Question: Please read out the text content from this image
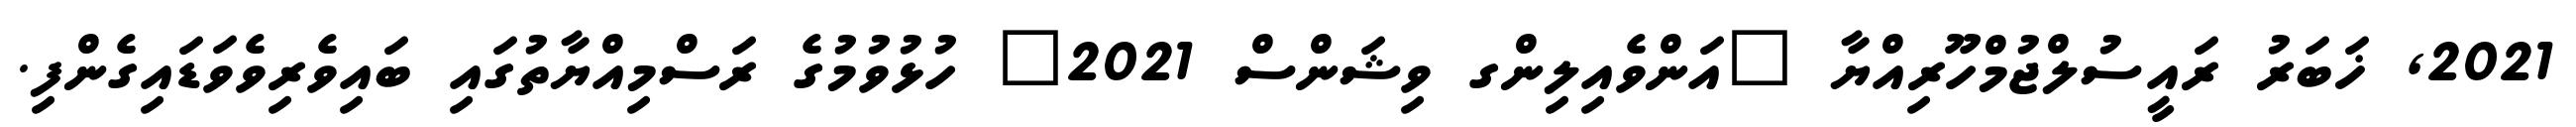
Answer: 2021, ޚަބަރު ރައީސުލްޖުމްހޫރިއްޔާ "އަންވެއިލިންގ ވިޝަންސް 2021" ހުޅުވުމުގެ ރަސްމިއްޔާތުގައި ބައިވެރިވެވަޑައިގެންފި.